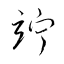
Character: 竚